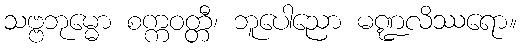
သဗ္ဗဘုမ္မော စက္ကဝတ္တီ၊ ဘူပေါညော မဏ္ဍလိဿရော။